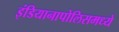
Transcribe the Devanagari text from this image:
इंडियानापोलिसमध्ये